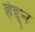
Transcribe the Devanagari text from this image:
हेद्द्न